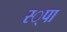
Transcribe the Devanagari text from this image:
स्‍्पा